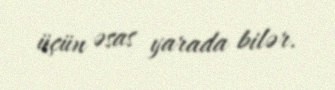
üçün əsas yarada bilər.